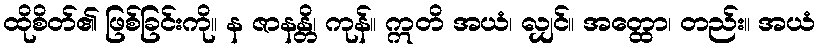
ထိုစိတ်၏ ဖြစ်ခြင်းကို။ န ဇာနန္တိ၊ ကုန်။ ဣတိ အယံ၊ လျှင်။ အတ္ထော၊ တည်း။ အယံ